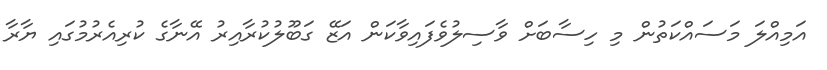
އަމިއްލަ މަސައްކަތުން މި ހިސާބަށް ވާސިލުވެފައިވާކަން އަޒޭ ގަބޫލުކުރާއިރު އޭނާގެ ކުރިއެރުމުގައި ޔާރާ